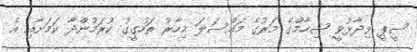
ސީޕީ ވިދާޅުވީ ޝިހާމްގެ މަރުގެ މައްސަލަ މިހާރު ތަހުގީގު ކުރަމުންދާ ކަމަށާއި އެ